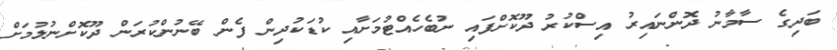
ބަދިގެ ސާމާނު ދޮންނައިރު އިސްކުރު ދޫކޮށްފައި ނުބެހެއްޓުމަށާއި ކުޑަކުދިން ފެން ބޭނުންކުރަން ދޫކޮށްނުލުމަށް